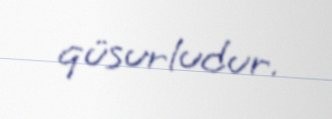
qüsurludur.